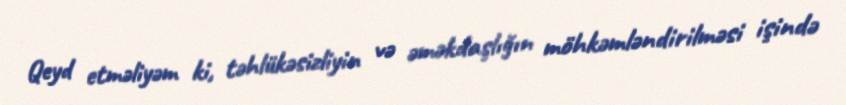
Qeyd etməliyəm ki, təhlükəsizliyin və əməkdaşlığın möhkəmləndirilməsi işində